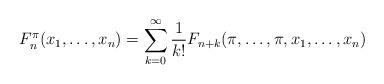
LaTeX: \begin{align*} F_n^\pi(x_1,\dots, x_n)=\sum_{k=0}^\infty \frac{1}{k!} F_{n+k}(\pi, \dots, \pi,x_1 ,\dots, x_n)\end{align*}